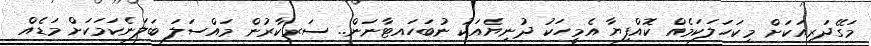
މަގޭދަރިއަކަށް މިކަހަލަކަމެއް ކޮއްފިިޔާ އެމީހަކު ދުނިޔެއަކު ނުބަހައޓާނަން.. ސަރކާރުން މައްސަލަ ބަލަނެކަމަކަށް މަޑެއް